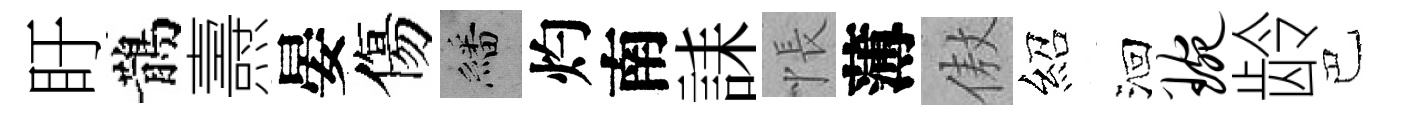
盱鵲燾晏傷繙灼南誄悵薄傲紹洄琬龄巴